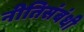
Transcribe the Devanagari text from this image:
नीतिसंबंधी